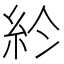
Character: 𥾪